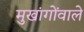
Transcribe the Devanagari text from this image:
मुखांगोंवाले